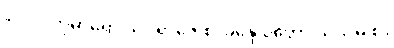
၉၀၇။ ကုမာရော ယုဝရာဇေ စ၊ ခန္ဒေ ဝုတ္တော သုသုမှိ စ။